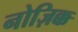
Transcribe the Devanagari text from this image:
नोज़िक्क